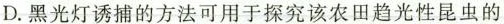
D.黑光灯诱捕的方法可用于探究该农田趋光性昆虫的